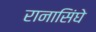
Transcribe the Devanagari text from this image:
रानासिंघे